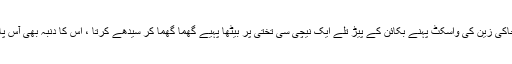
ملّا لمبے پٹکے والی سفید پگڑی باندھے، شلوار قمیص پر خاکی زین کی واسکٹ پہنے بکائن کے پیڑ تلے ایک نیچی سی تختی پر بیٹھا پہیے گھما گھما کر سیدھے کرتا ، اس کا دنبہ بھی آس پاس کھلا پھرتا جسے وہ بکرا عید کے فوراً بعد خرید لیتا تھا۔